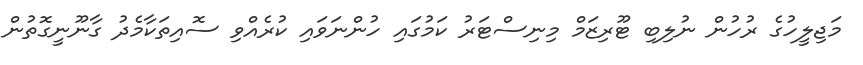
މަޖިލީހުގެ ރުހުން ނުލިބި ޓޫރިޒަމް މިނިސްޓަރު ކަމުގައި ހުންނަވައި ކުރެއްވި ސޮއިތަކާމެދު ގާނޫނީގޮތުން